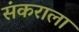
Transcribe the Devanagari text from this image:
संकराला